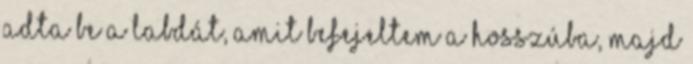
adta be a labdát, amit befejeltem a hosszúba, majd